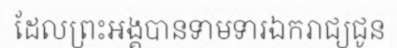
ដែលព្រះអង្គបានទាមទារឯករាជ្យជូន